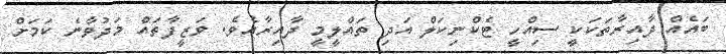
ބައެއް ދާއިރާތަކަކީ ސިއްހީ ޓެކްނިކަލް އަދި ތައްލީމީ ދާއިރާއެވެ. ވަޒީފާތައް މަދުވާނެ ކަމަށް